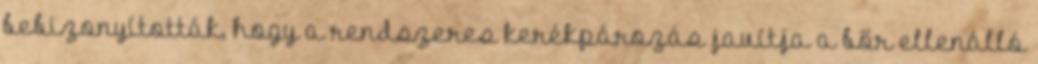
bebizonyították, hogy a rendszeres kerékpározás javítja a bőr ellenálló